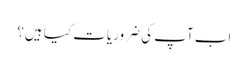
اب آپ کی ضروریات کیا ہیں؟